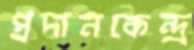
প্রদানকেন্দ্র